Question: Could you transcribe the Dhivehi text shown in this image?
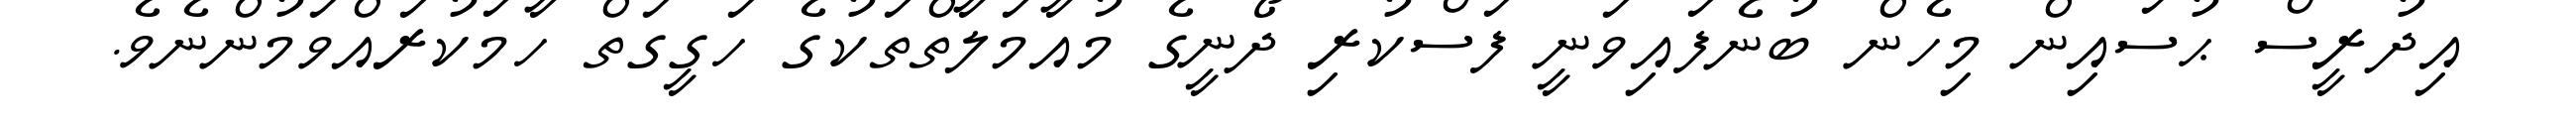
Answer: އިދުރީސް ޙުސައިން މިހެން ބުނެފައިވަނީ ފަސްކުރި ދޯނީގެ މުއާމަލާތްތަކުގެ ހަގީގަތް ހާމަކުރައްވަމުންނެވެ.